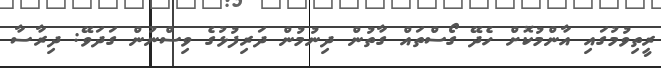
ރީތިވުމުގައި އާންމުކޮށް ހެދޭ ގޯސްތައް ގާތުން ދިނުމުން ދަރިފުޅުގެ ވިސްނުން ގަދަވޭ: ދިރާސާ